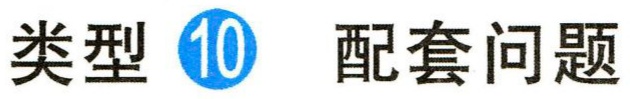
类型 \textcircled{10} 配套问题